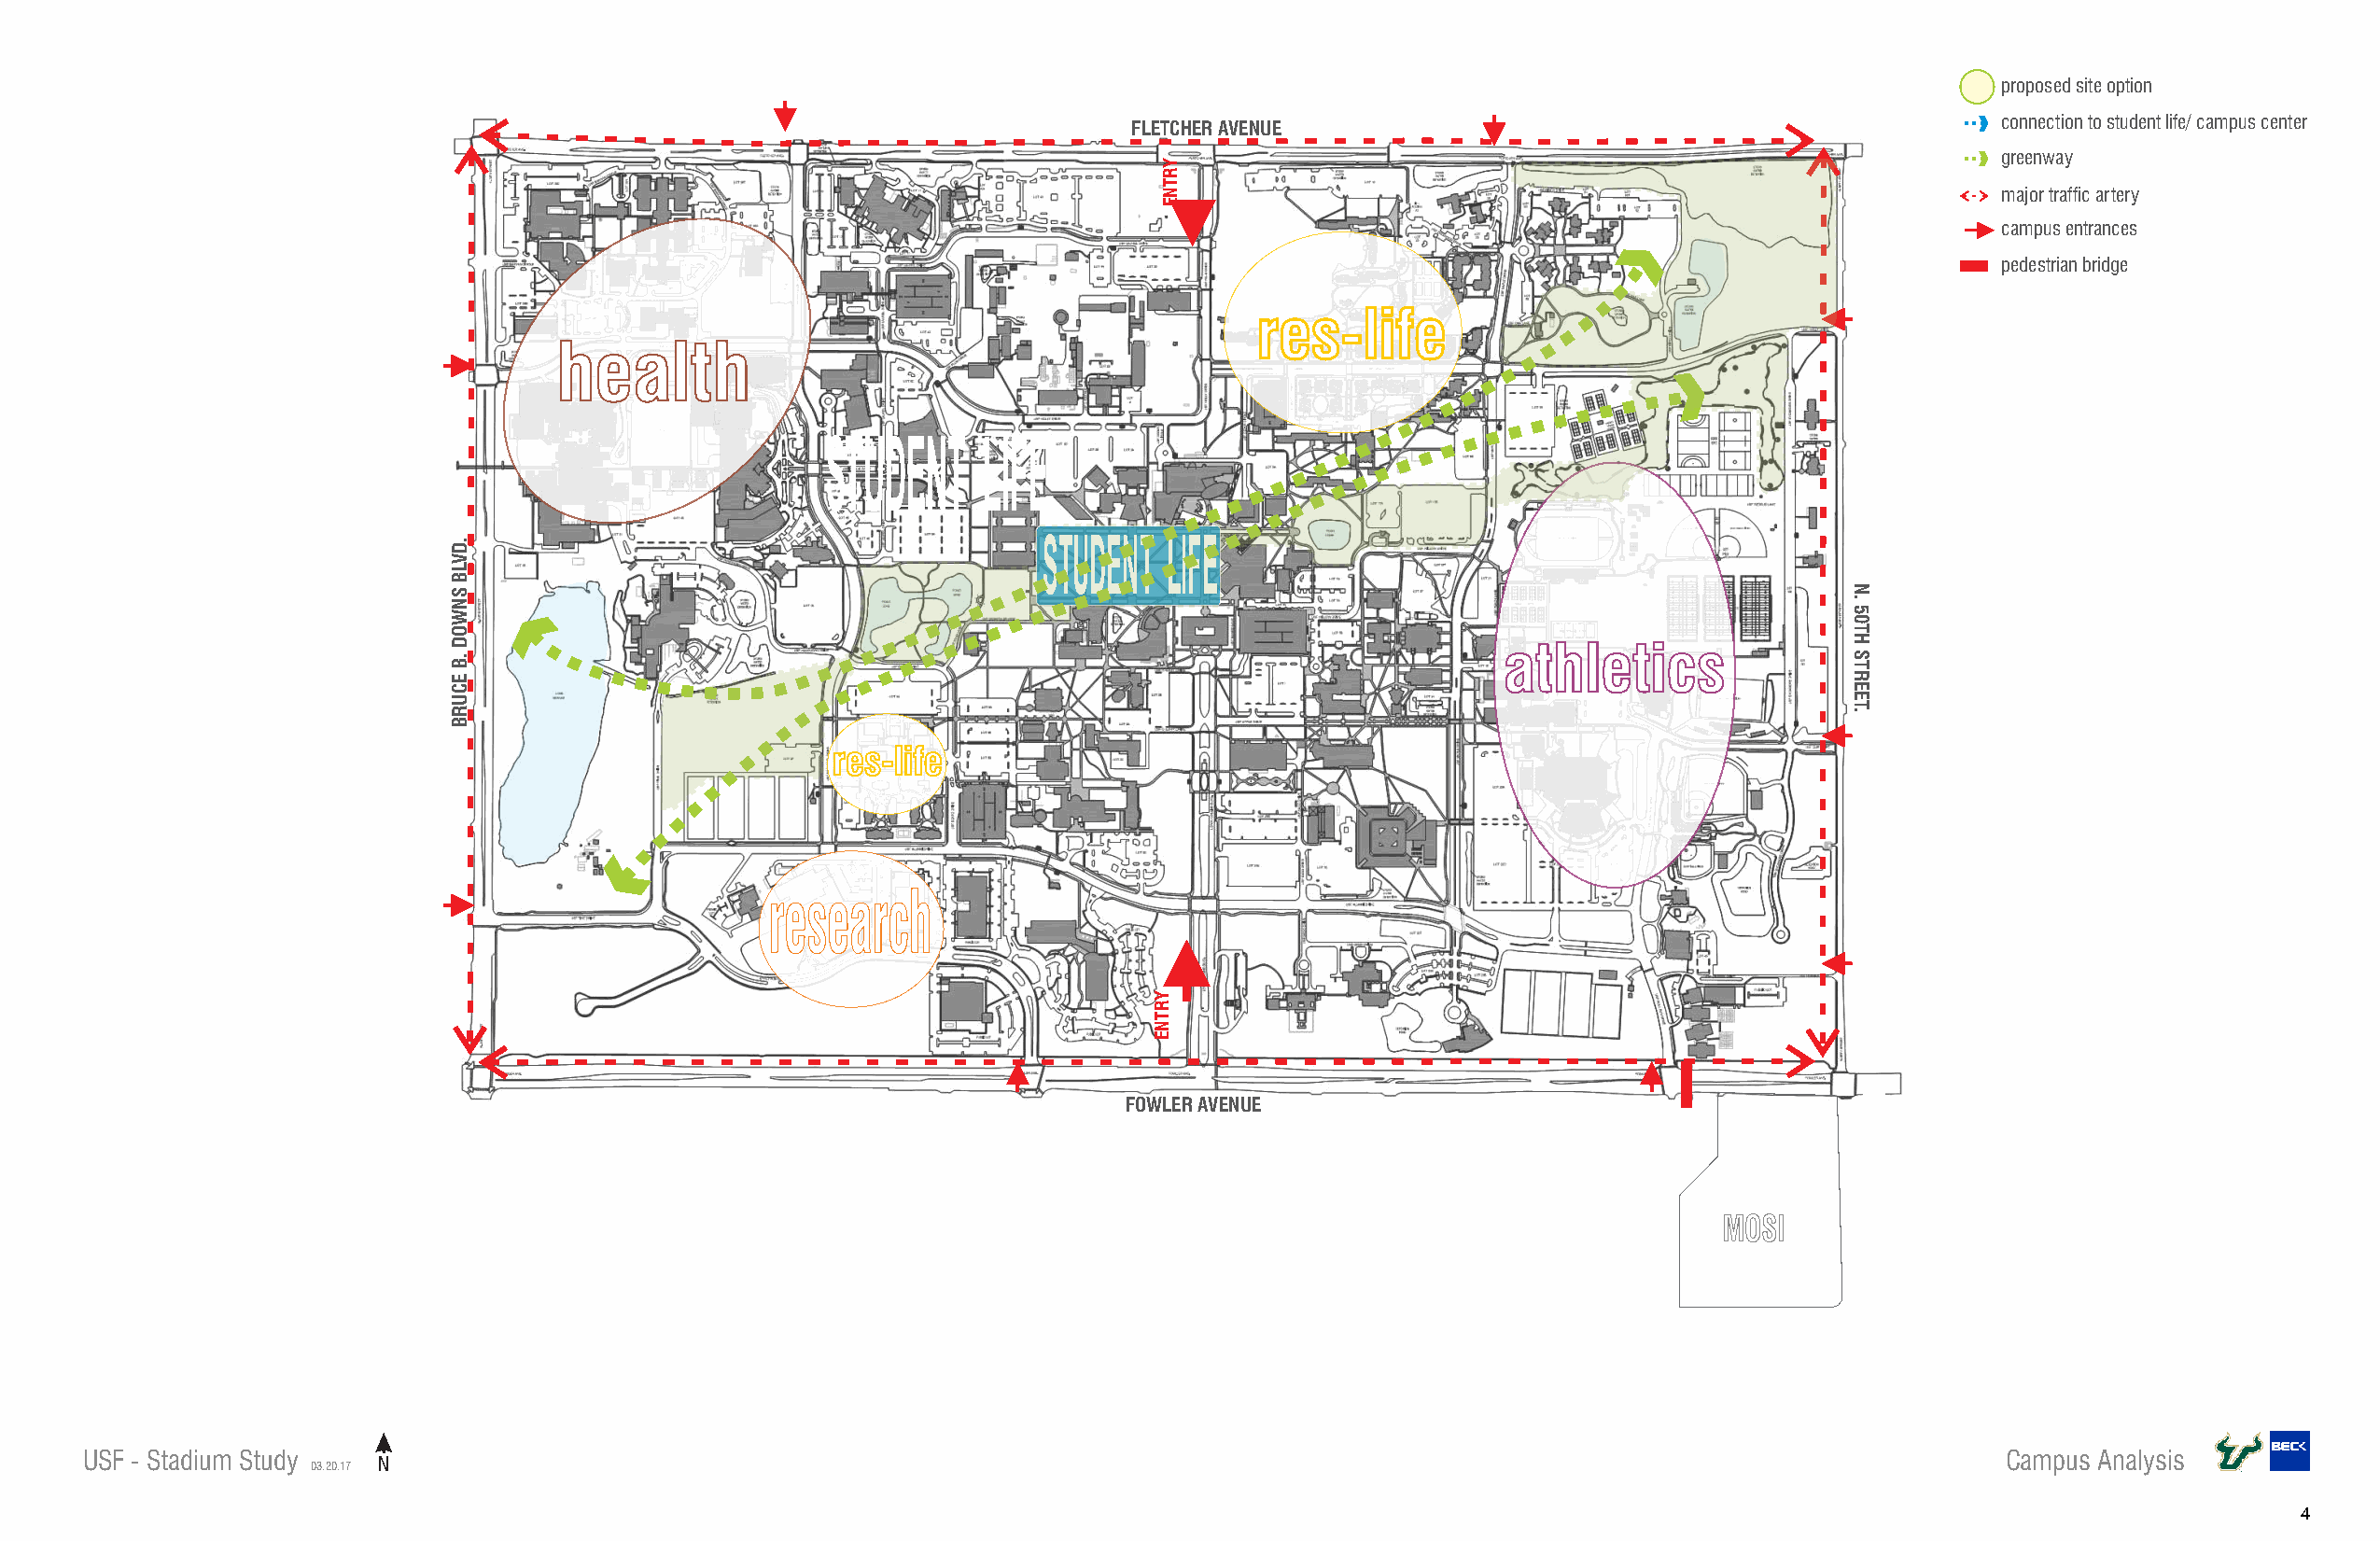
proposed site option
 connection to student life/ campus center
 FLETCHER AVENUE
 greenway
 major traffic artery
 campus entrances
 pedestrian bridge
 res-life
 health
 STUDENT    LIFE
 STUDENT  LIFE
 athletics
 res-life
 research
 FOWLER AVENUE
 MOSI
 USF - Stadium Study                                                                                                                     Campus Analysis
 03.20.17 N
 4
 .DVLB
 SNWOD
 .B
 ECURB
 YRTNE
 YRTNE
 N.
 50TH
 STREET.